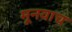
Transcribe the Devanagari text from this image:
मूनवाच